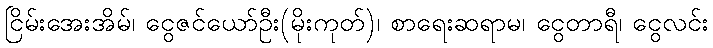
ငြိမ်းအေးအိမ်၊ ငွေဇင်ယော်ဦး(မိုးကုတ်)၊ စာရေးဆရာမ၊ ငွေတာရီ၊ ငွေလင်း